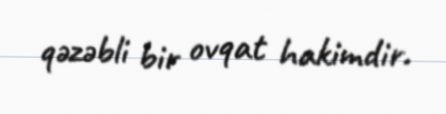
qəzəbli bir ovqat hakimdir.